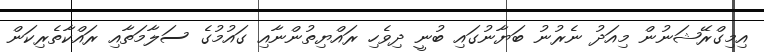
އިމިގްރޭޝަނުން މިއަދު ނެރުނު ބަޔާނުގައި ބުނީ ދިވެހި ރައްޔިތުންނާއި ގައުމުގެ ސަލާމަތާއި ރައްކާތެރިކަން